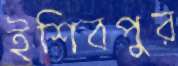
ইশিবপুর